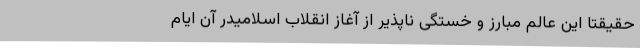
حقیقتا این عالم مبارز و خستگی ناپذیر از آغاز انقلاب اسلامیدر آن ایام